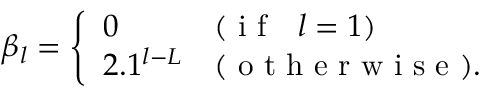
\beta _ { l } = \left\{ \begin{array} { l l } { 0 } & { ( \mathrm { ~ i ~ f ~ \ \ } l = 1 ) } \\ { 2 . 1 ^ { l - L } } & { ( \mathrm { ~ o ~ t ~ h ~ e ~ r ~ w ~ i ~ s ~ e ~ } ) . } \end{array} \right.